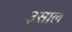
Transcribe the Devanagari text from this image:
३साल